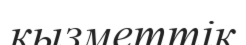
кызметтік